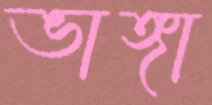
ভাঙ্গা